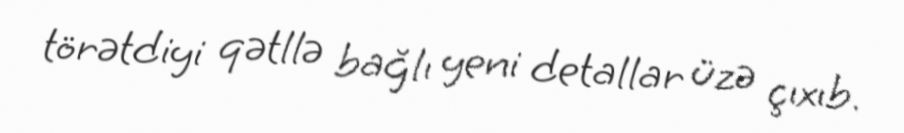
törətdiyi qətllə bağlı yeni detallar üzə çıxıb.